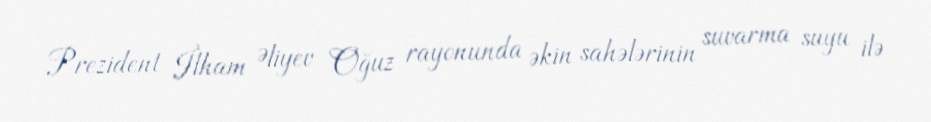
Prezident İlham Əliyev Oğuz rayonunda əkin sahələrinin suvarma suyu ilə